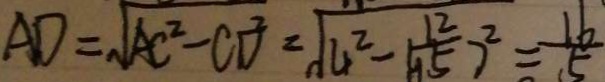
A D = \sqrt { A C ^ { 2 } - C D ^ { 2 } } = \sqrt { 4 ^ { 2 } - \frac { 1 2 } { y 5 7 } } ^ { 2 } = \frac { 1 6 } { 5 }